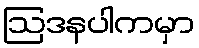
ဩဒနပါကမှာ